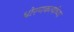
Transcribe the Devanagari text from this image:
धोरणकर्त्याच्या